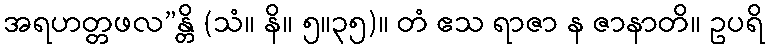
အရဟတ္တဖလ”န္တိ (သံ။ နိ။ ၅။၃၅)။ တံ ဧသ ရာဇာ န ဇာနာတိ။ ဥပရိ